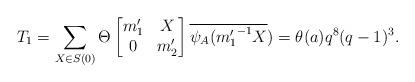
LaTeX: \begin{align*} T_1=\sum_{X \in S(0)}\Theta \begin{bmatrix} m_1' & X\\ 0 & m_2' \end{bmatrix}\overline{\psi_A({m_1'}^{-1}X})=\theta(a)q^8(q-1)^3.\end{align*}